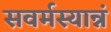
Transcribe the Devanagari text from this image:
सवर्मस्यान्नं